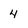
Character: 4